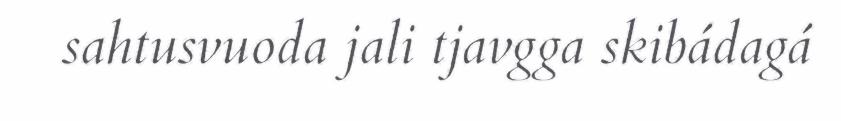
sahtusvuoda jali tjavgga skibádagá